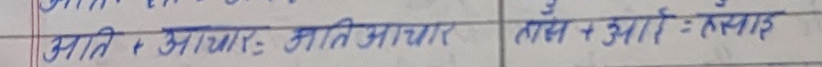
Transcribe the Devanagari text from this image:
मति + आभार = मतियाभार
सैस + आर = सैसार